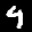
Label: 9